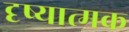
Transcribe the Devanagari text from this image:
दृष्यात्मक